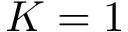
K = 1